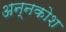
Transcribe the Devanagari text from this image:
अन्‍नकोश